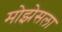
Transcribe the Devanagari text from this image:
मोझेसला